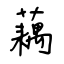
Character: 藕